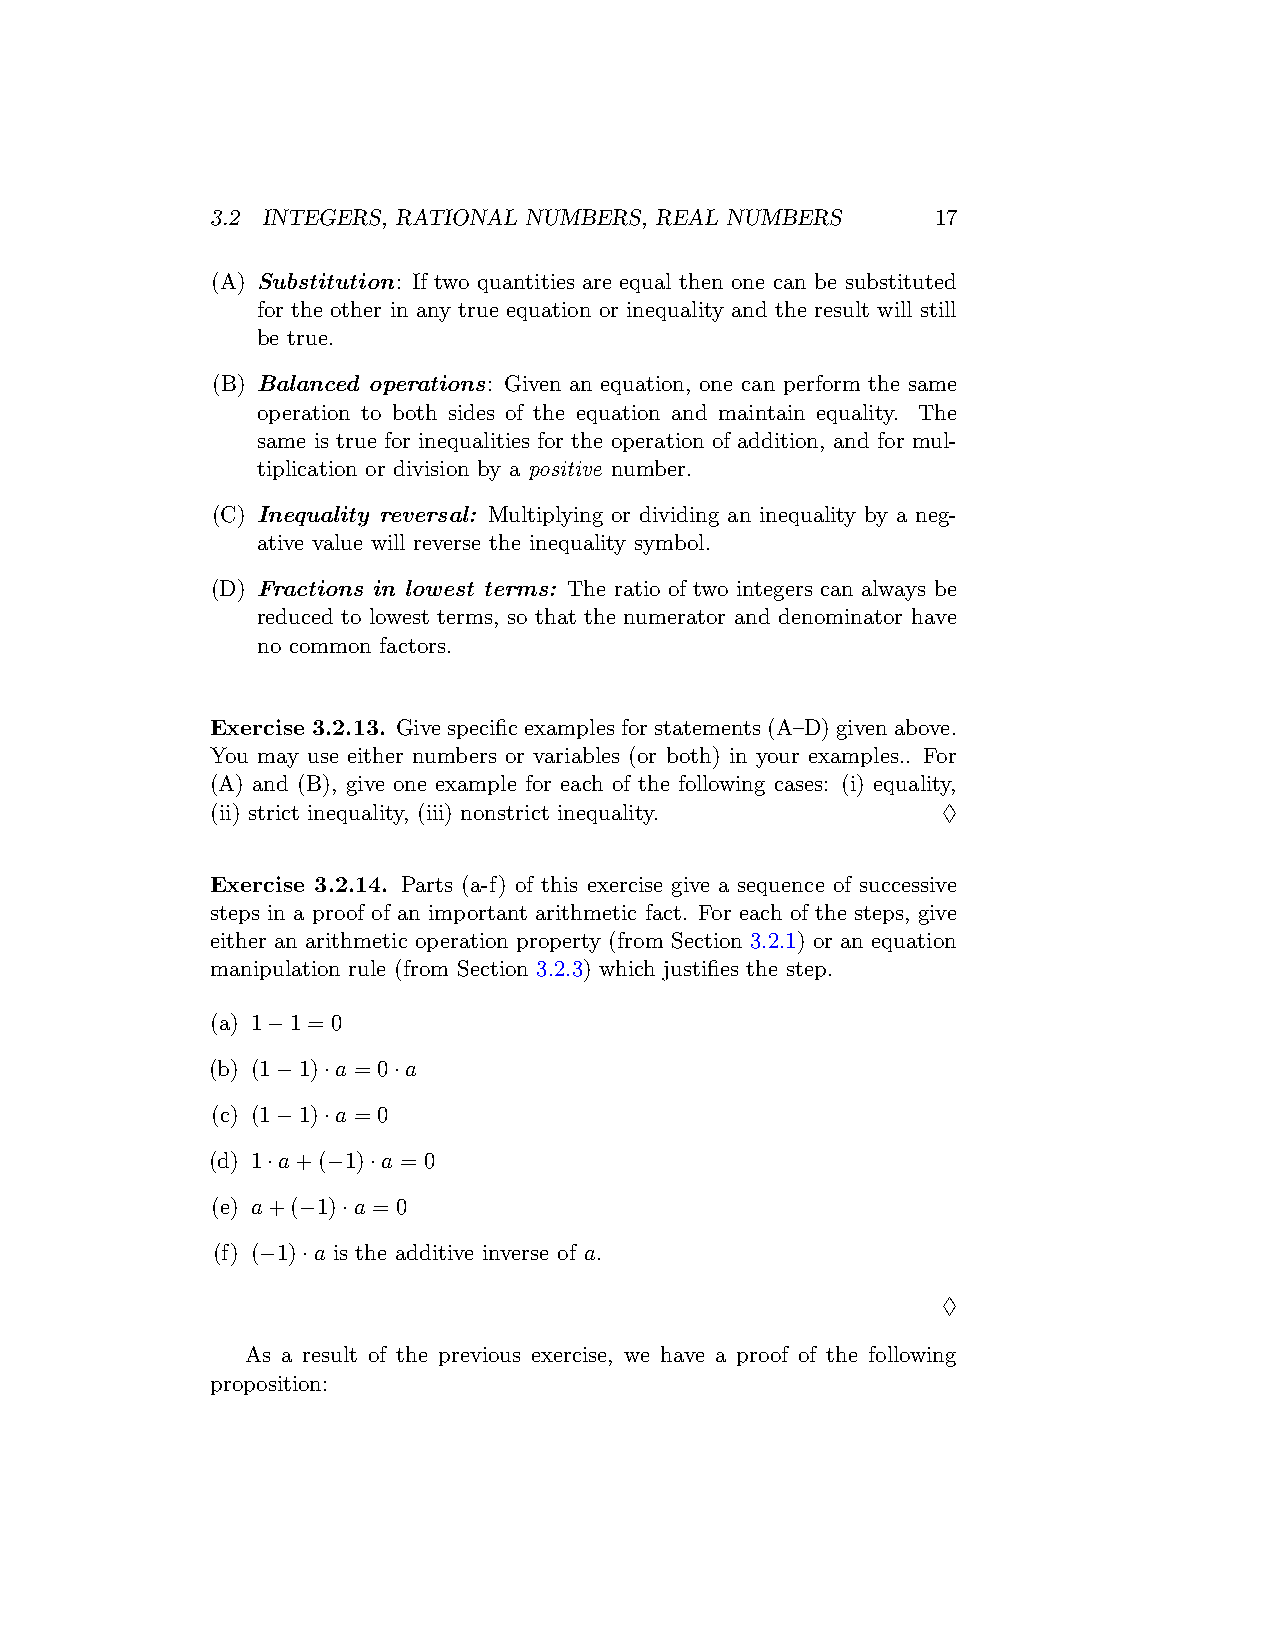
3.2 INTEGERS, RATIONAL NUMBERS, REAL NUMBERS    17
 (A) Substitution: If two quantities are equal then one can be substituted
 for the other in any true equation or inequality and the result will still
 be true.
 (B) Balanced operations: Given an equation, one can perform the same
 operation to both sides of the equation and maintain equality. The
 same is true for inequalities for the operation of addition, and for mul-
 tiplication or division by a positive number.
 (C) Inequality reversal: Multiplying or dividing an inequality by a neg-
 ative value will reverse the inequality symbol.
 (D) Fractions in lowest terms: The ratio of two integers can always be
 reduced to lowest terms, so that the numerator and denominator have
 no common factors.
 Exercise 3.2.13. Givespecificexamplesforstatements(A–D)givenabove.
 You may use either numbers or variables (or both) in your examples.. For
 (A) and (B), give one example for each of the following cases: (i) equality,
 (ii) strict inequality, (iii) nonstrict inequality. ♢
 Exercise 3.2.14. Parts (a-f) of this exercise give a sequence of successive
 steps in a proof of an important arithmetic fact. For each of the steps, give
 either an arithmetic operation property (from Section 3.2.1) or an equation
 manipulation rule (from Section 3.2.3) which justifies the step.
 (a) 1−1 = 0
 (b) (1−1)·a = 0·a
 (c) (1−1)·a = 0
 (d) 1·a+(−1)·a = 0
 (e) a+(−1)·a = 0
 (f) (−1)·a is the additive inverse of a.
 ♢
 As a result of the previous exercise, we have a proof of the following
 proposition: